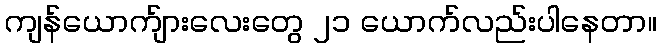
ကျန်ယောက်ျားလေးတွေ ၂၁ ယောက်လည်းပါနေတာ။